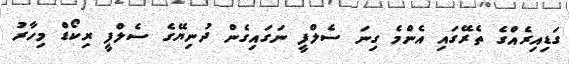
ގަޑިއިރެއްގެ ތެރޭގައި އެންމެ ގިނަ ސެލްފީ ނަގައިގެން ދުނިޔޭގެ ސެލްފީ ރިކޯޑް މިހާރު